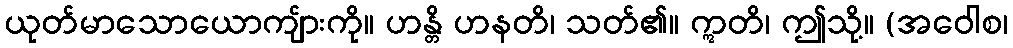
ယုတ်မာသောယောကျ်ားကို။ ဟန္တိ ဟနတိ၊ သတ်၏။ ဣတိ၊ ဤသို့။ (အဝေါစ၊